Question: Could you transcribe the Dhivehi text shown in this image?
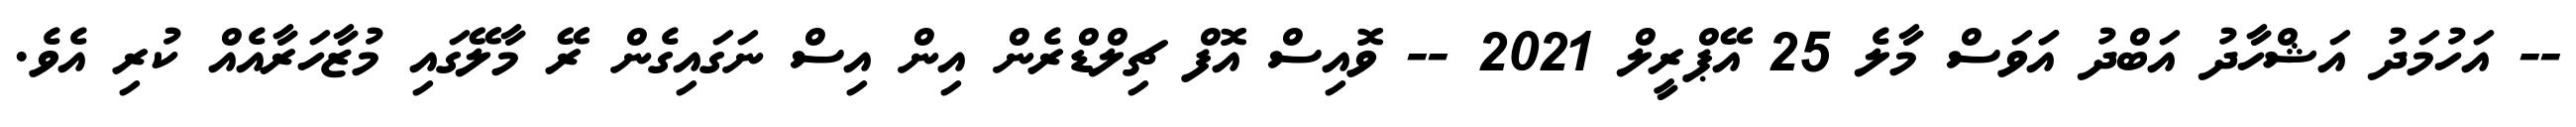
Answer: -- އަހުމަދު އަޝްހާދު އަބްދު އަަވަސް މާލެ 25 އޭޕްރީލް 2021 -- ވޮއިސް އޮފް ޗިލްޑްރެން އިން އިސް ނަގައިގެން ރޭ މާލޭގައި މުޒާހަރާއެއް ކުރި އެވެ.